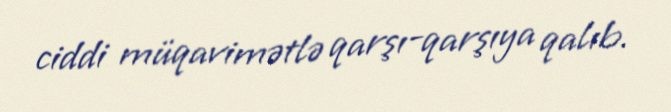
ciddi müqavimətlə qarşı-qarşıya qalıb.